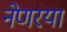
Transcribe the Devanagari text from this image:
नेणरया